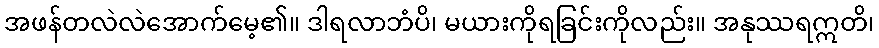
အဖန်တလဲလဲအောက်မေ့၏။ ဒါရလာဘံပိ၊ မယားကိုရခြင်းကိုလည်း။ အနုဿရဣတိ၊